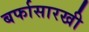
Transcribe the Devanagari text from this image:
बर्फासारखी